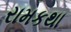
રામકથા